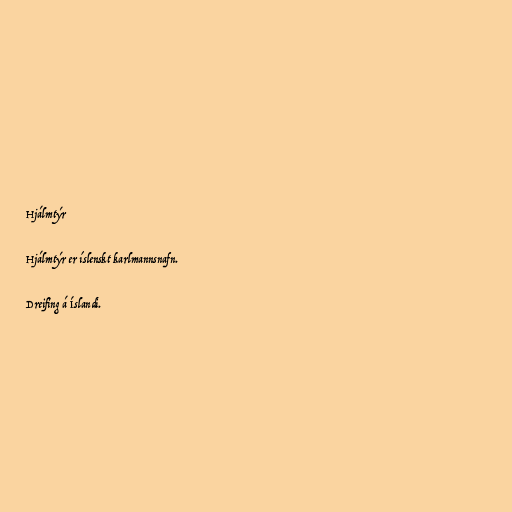
Hjálmtýr

Hjálmtýr er íslenskt karlmannsnafn.

Dreifing á Íslandi.